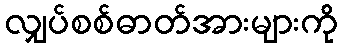
လျှပ်စစ်ဓာတ်အားများကို